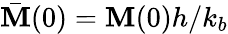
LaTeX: \bar{\mathbf M}(0)=\mathbf M(0)h/k_{b}